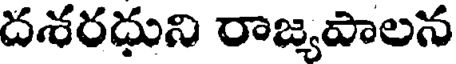
దశరదుని రాజ్యపాలన